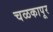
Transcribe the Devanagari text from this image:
चळकापूर